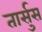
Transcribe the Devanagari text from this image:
तार्सुस